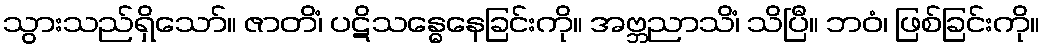
သွားသည်ရှိသော်။ ဇာတိံ၊ ပဋိသန္ဓေနေခြင်းကို။ အဗ္ဘညာသိံ၊ သိပြီ။ ဘဝံ၊ ဖြစ်ခြင်းကို။